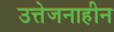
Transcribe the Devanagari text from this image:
उत्तेजनाहीन